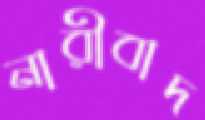
নারীবাদ